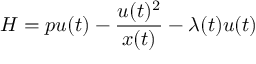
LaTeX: H = p u ( t ) - { \frac { u ( t ) ^ { 2 } } { x ( t ) } } - \lambda ( t ) u ( t )